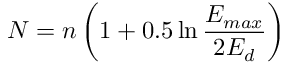
N = n \left( 1 + 0 . 5 \ln \frac { E _ { m a x } } { 2 E _ { d } } \right)